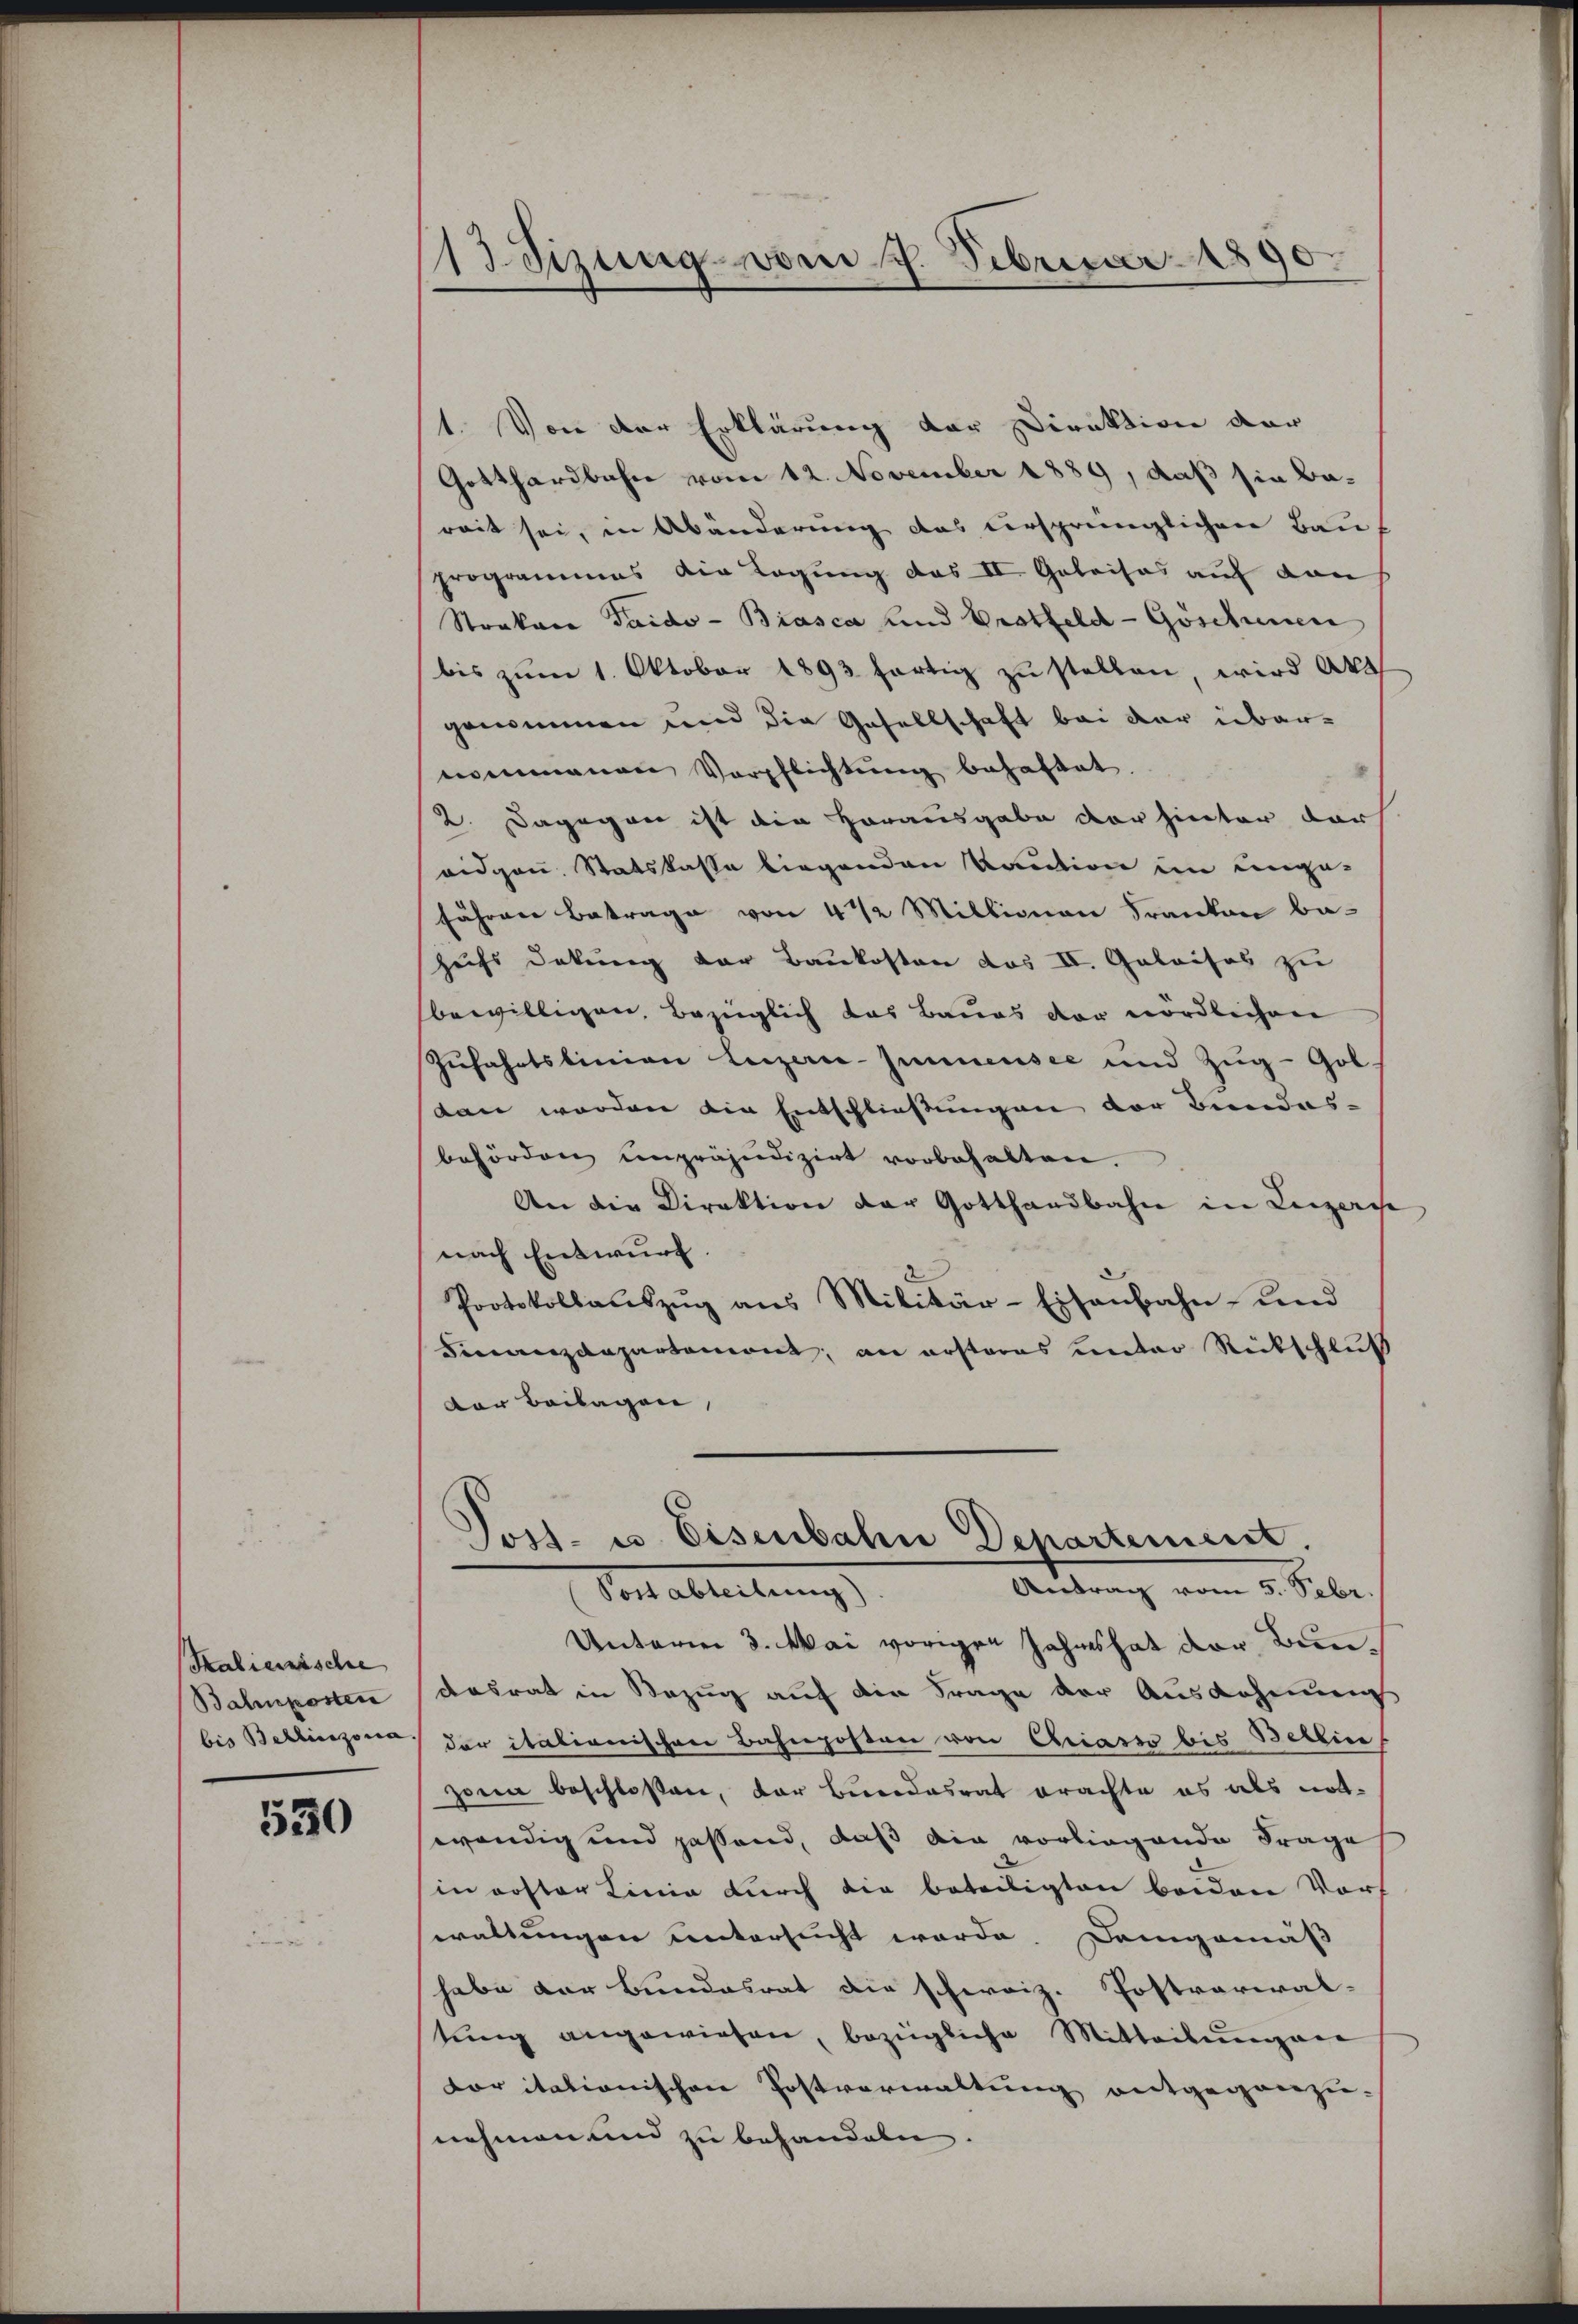
Salienische
Bahnposten
bis Bellinzona,

530

13 Tizung vom 7. Februar 1890.

1. Von der Erklärung der Direktion dar
Gotthardbahn vom 12. November 1889, daß sie be-
reit sei, in Abänderung das versprünglichen Bauprogrammes die Legung das II. Geleises auf dan
Strabare Taido- Biasca und Protfeld-Göschienen
bis zŭm 1. Oktober 1893 fortig zŭ stellen, wird Aka
genommen und die Gesellschaft bei der übernommenen Verpflichtŭng behaftet.
2. Dagegen ist die Herausgabe der hinter dar
eidgen. Statskasse liegenden Kaution im enge-
fähren Betrage von 4 1/2 Millionen Franken bahufs Dekung der Baukosten das II. Geleises zu
bewilligen, bezüglich das Baues der nördlichen
Zŭfahrtslinien Leizerie-Inmensee und Zŭg-Gol.
stan worden die Entschließungen der Bundes-
beförden unpräjudizirt vorbehalten.
An die Direktion der Gotthardbahn in Leizerge
nach Entwurf.
Protokollaŭszŭg ans Militär-Eisenbahn- und
Finanzdepartemont, an ersteres unter Rückschluß
der Beilagen,
S
Jost- u. Eisenbahne Departement.
Antrag vom 5. Febr.
Vor alleitung
Unterm 3. Mai vorigen Jahres hat der Bundesrat in Bezug auf die Frage der Ausdehnung
der italienischen Bahnposten von Chriasso bis Bellin
zona beschloßen, der Bundesrat erachte es als not-
wendig und passend, daß die vorliegende Frage
in erster Linie durch die beteiligten beiden Vorf
waltungen untersucht worde. Demgemäß
habe der Bundesrat die schweiz. Postvarialtung angewiesen, bezügliche Mitteilungene
oritationischen Postverwaltung entgegenzu-
nehmen und zu behandeln